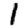
Digit: 1